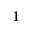
^ 1